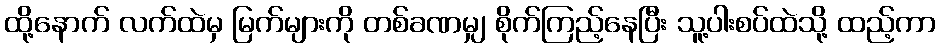
ထို့နောက် လက်ထဲမှ မြက်များကို တစ်ခဏမျှ စိုက်ကြည့်နေပြီး သူ့ပါးစပ်ထဲသို့ ထည့်ကာ